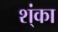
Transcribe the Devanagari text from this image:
श्ंका